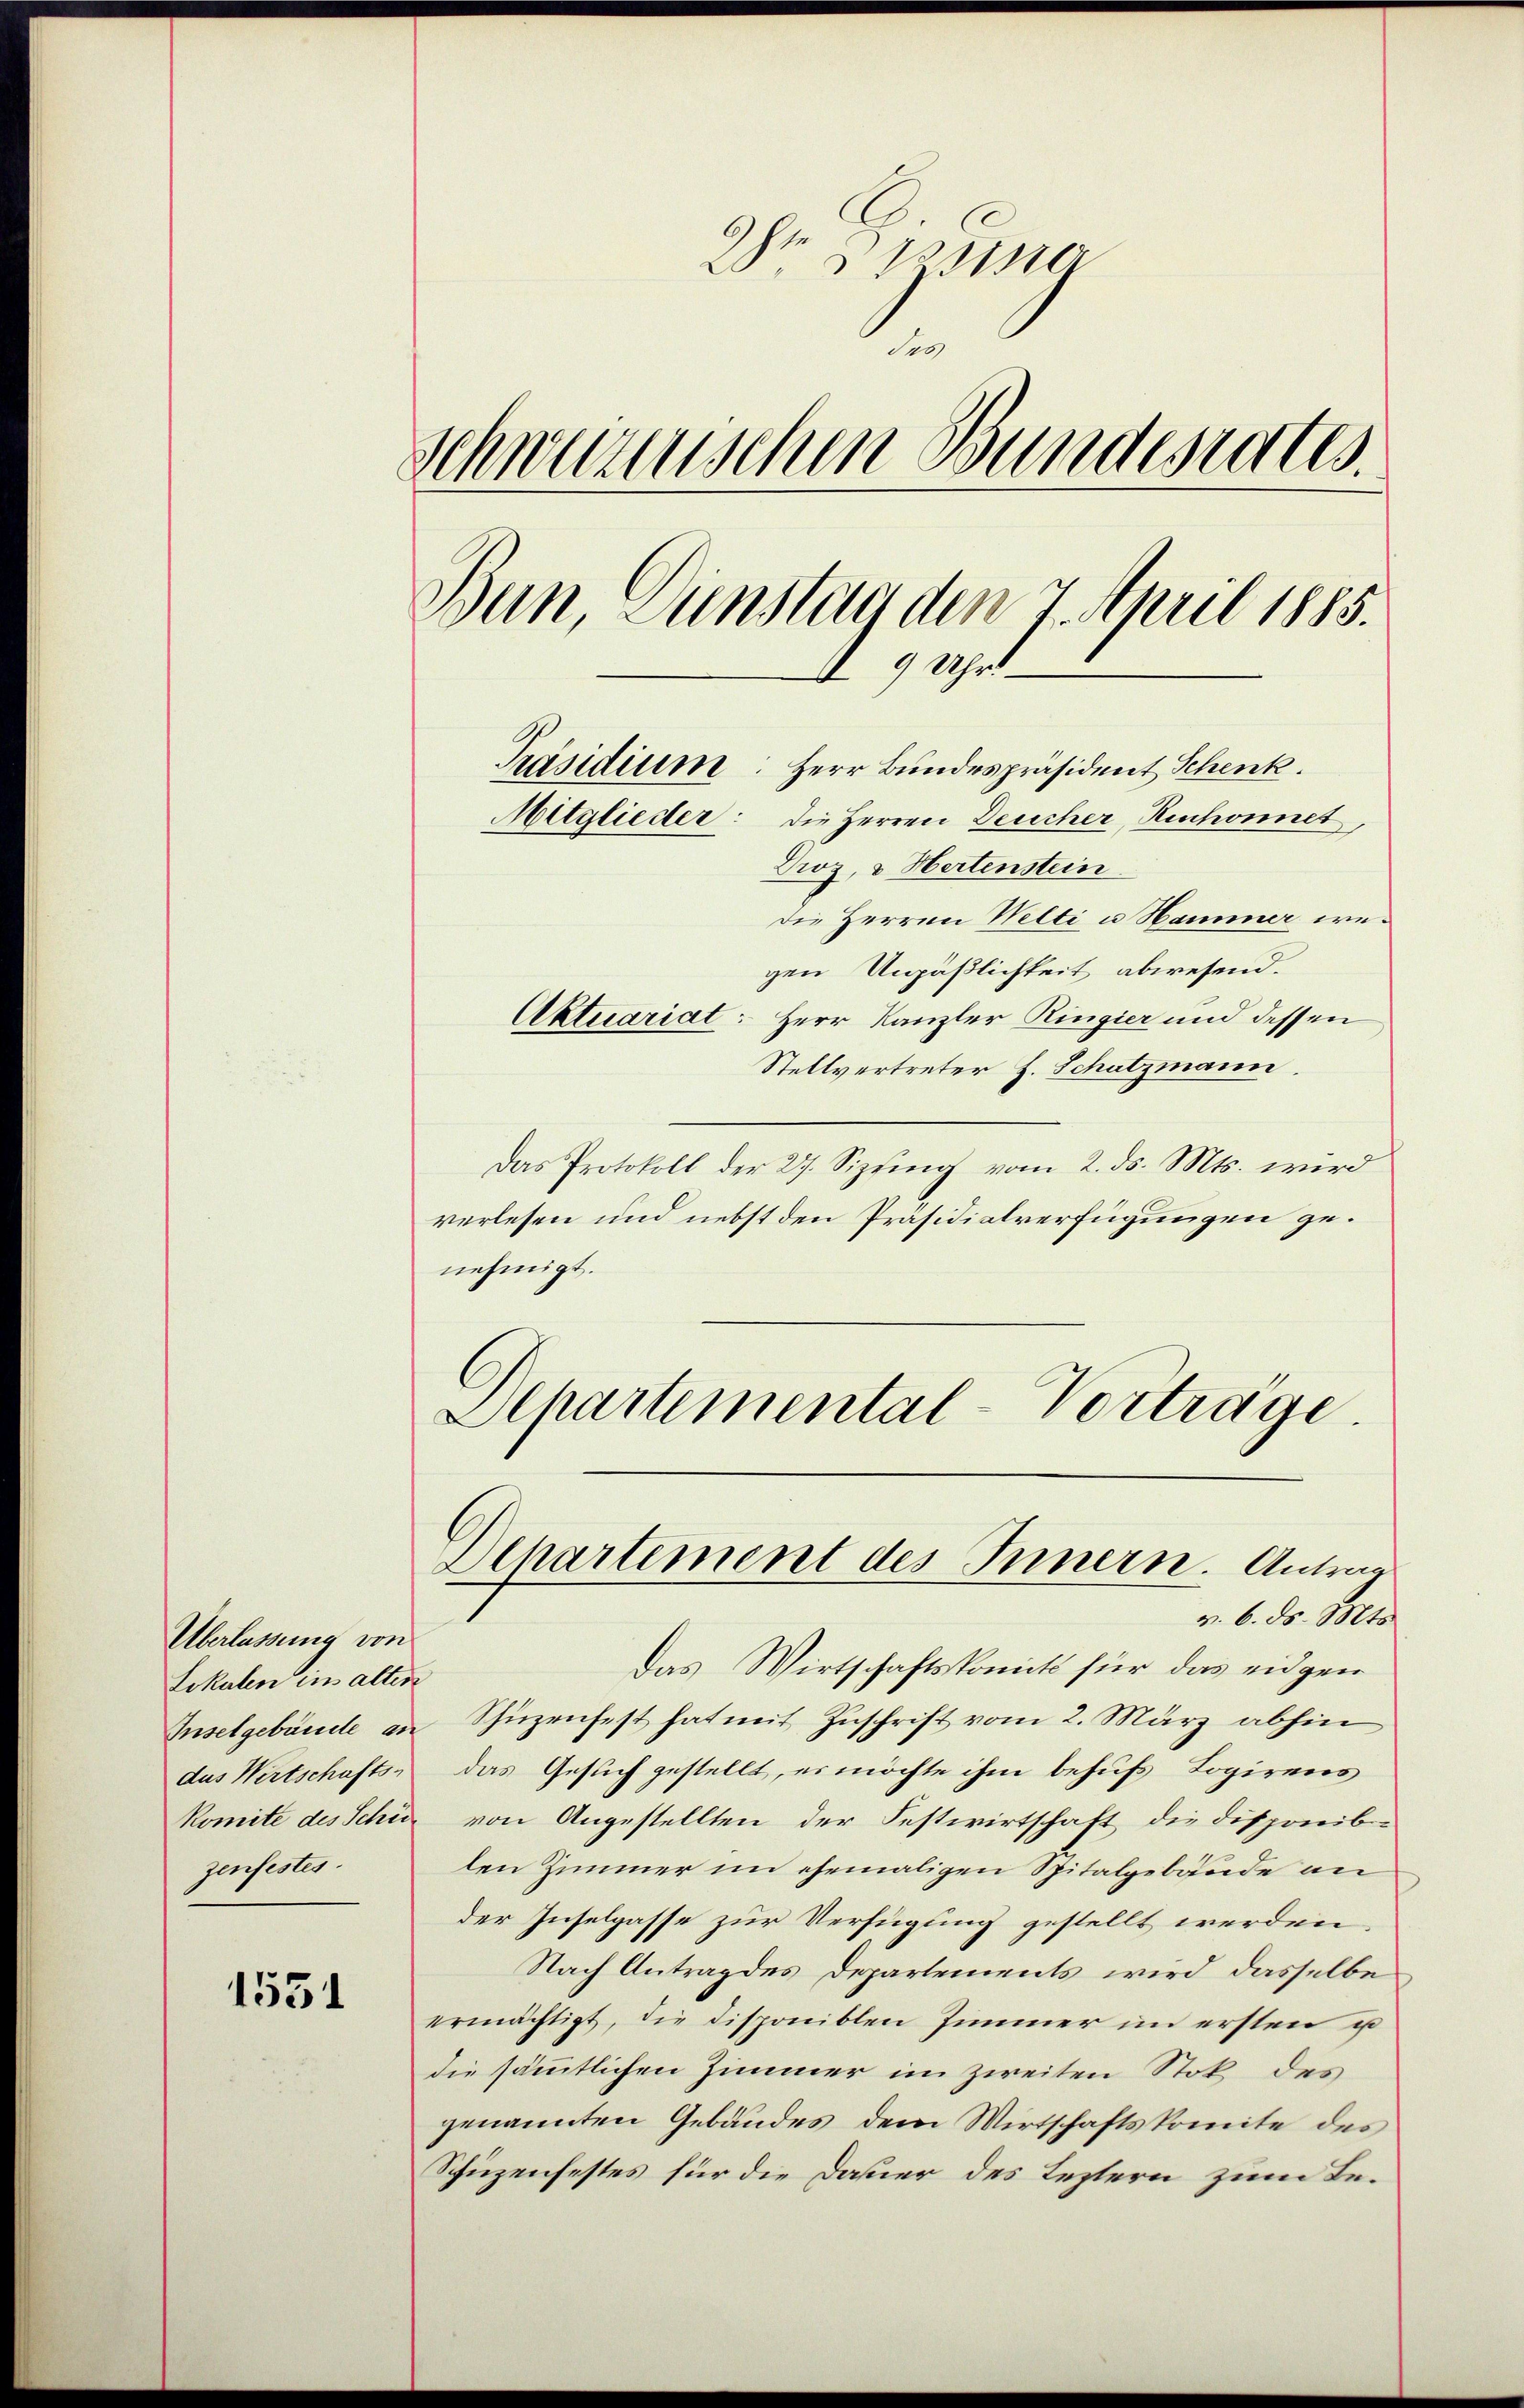
Überlassung von
Lokalen in alten
dus Wirtschafts-
zenfestes.

1531

Ihr Bruner
schweizerischen Bundesrates.
Ban, Dünstag den 7. April 1885.
 9 Uhr
Präsidium: Herr Bundespräsident Schenk
Mitglieder: die Herren Deucher, Renchonet,
Droz, & Hertenstein

die Herren Welti u Hammer wegen Unpäßlichkeit abwesend.
Aktuariat: Herr Kanzler Ringier und dessen
Stellvertreter H. Schatzmann.
Das Protokoll der 27. Sizing vom 2. ds. Mts. wird
verlesen und nebst den Präsidialverfügungen genehmigt.
Alhartemental-Vorträge.

Departement des Innern. Antrag
v. 6. ds. Mts.

Das Wirtschaftskomit für das eidgen
Inselgebäude an Schüzenfest hat mit Zuschrift vom 2. März abhin
das Gesuch gestellt, es möchte ihm behufs Logirens
Komite des Schin von Angestellten der Festwirtschaft die Disponiblen Zimmer im ehemaligen Spitalgebäude an
der Inselpasse zur Verfügung gestellt werden.
Nach Antrag des Departements wird dasselbe
ermächtigt, die disponiblen Zimmer im ersten u
die sämmtlichen Zimmer im zweiten Stok des
genannten Gebäudes dem Wirtschaftskomite des
Schuzenfestes für die Dauer des Leztern zum Be¬